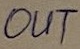
Text: OUT